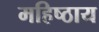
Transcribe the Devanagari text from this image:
महिष्ठाय